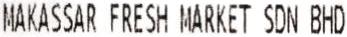
MAKASSAR FRESH MARKET SDN BHD